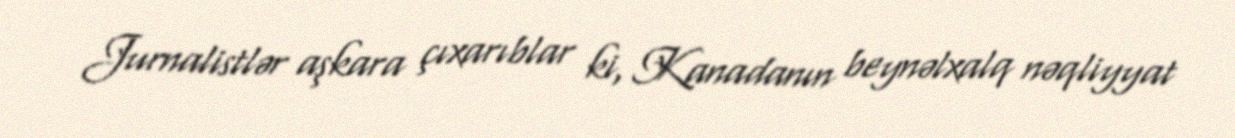
Jurnalistlər aşkara çıxarıblar ki, Kanadanın beynəlxalq nəqliyyat